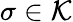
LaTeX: \sigma\in{\mathcal{K}}